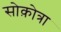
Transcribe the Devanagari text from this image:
सोक़ोत्रा